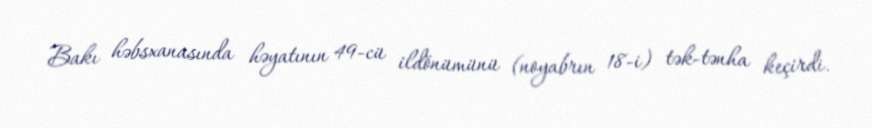
Bakı həbsxanasında həyatının 49-cü ildönümünü (noyabrın 18-i) tək-tənha keçirdi.